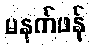
မနက်ဖန်